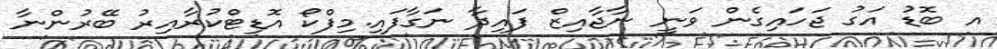
އ ބޮޑު އަގު ޖަހައިގެން ވަނީ ނާޖާއިޒް ފައިދާ ނަގާފައި.މިފްކޯ އޮޑިޓްކުރާއިރު ބޭރުންނާ